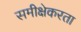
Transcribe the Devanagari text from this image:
समीक्षेकरता